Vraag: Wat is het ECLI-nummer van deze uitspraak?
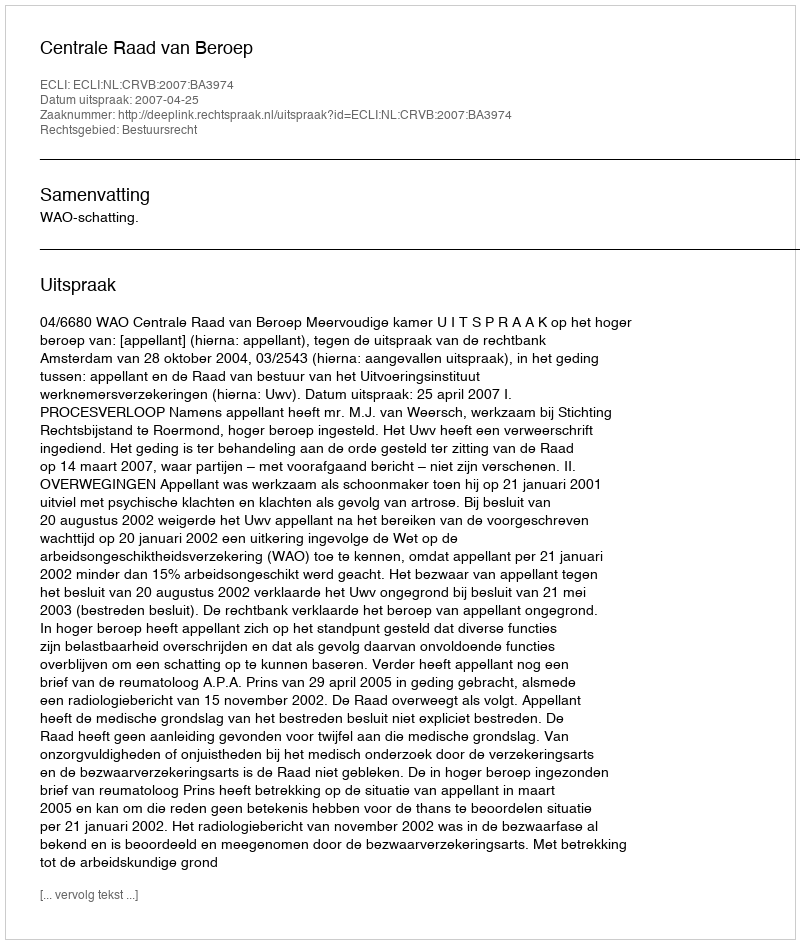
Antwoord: ECLI:NL:CRVB:2007:BA3974